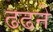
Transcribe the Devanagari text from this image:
ढढने